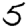
Digit: 5